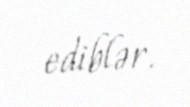
ediblər.